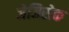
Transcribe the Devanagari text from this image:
जेजिसेक